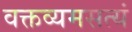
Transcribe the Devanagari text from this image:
वक्तव्यमसत्यं